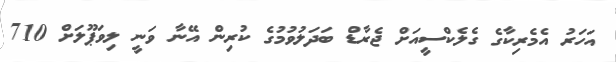
އަހަރު އެމެރިކާގެ ގެލެކްސީއަށް ޖެރާޑް ބަދަލުވުމުގެ ކުރިން އޭނާ ވަނީ ލިވަޕޫލަށް 710